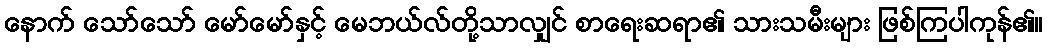
နောက် သော်သော် မော်မော်နှင့် မေဘယ်လ်တို့သာလျှင် စာရေးဆရာ၏ သားသမီးများ ဖြစ်ကြပါကုန်၏။